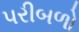
પરીબળો